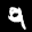
Label: 9